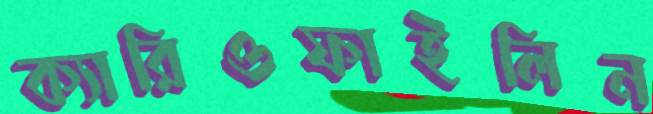
ক্যারিওফাইলিন